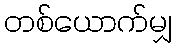
တစ်ယောက်မျှ